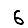
Digit: 6